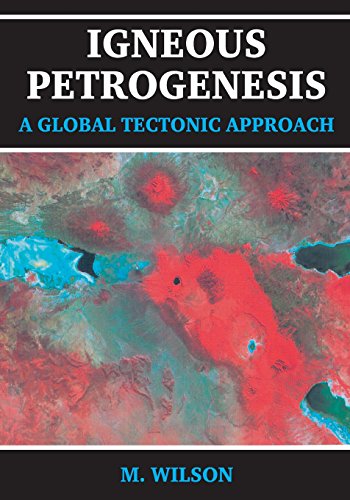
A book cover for Igneous Petrogenesis A Global Tectonic Approach; B.M. Wilson; Science & Math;